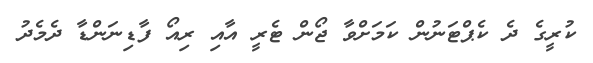
ކުރީގެ ދެ ކެޕްޓަނުން ކަމަށްވާ ޖޯން ޓެރީ އާއި ރިއޯ ފާޑިނަންޑާ ދެމެދު